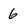
Character: 6